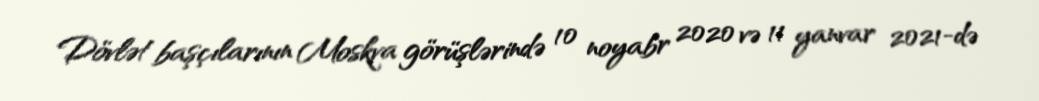
Dövlət başçılarının Moskva görüşlərində 10 noyabr 2020 və 11 yanvar 2021-də